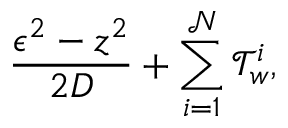
\frac { \epsilon ^ { 2 } - z ^ { 2 } } { 2 D } + \sum _ { i = 1 } ^ { \mathcal { N } } \mathcal { T } _ { w } ^ { i } ,